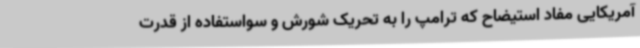
آمریکایی مفاد استیضاح که ترامپ را به تحریک شورش و سواستفاده از قدرت